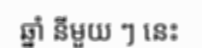
ឆ្នាំ នីមួយ ៗ នេះ